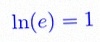
\ln(e)=1